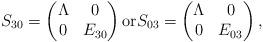
LaTeX: \begin{align*}S_{30}=\begin{pmatrix}\Lambda & 0 \\0 & E_{30}\end{pmatrix}\mbox{or} S_{03}=\begin{pmatrix}\Lambda & 0 \\0 & E_{03}\end{pmatrix},\end{align*}